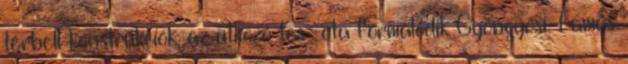
térbeli konstrukciók, az ütköző tes- óta formálódik Gyöngyösi Tamás